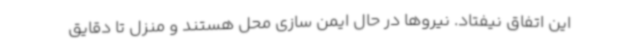
این اتفاق نیفتاد. نیروها در حال ایمن سازی محل هستند و منزل تا دقایق